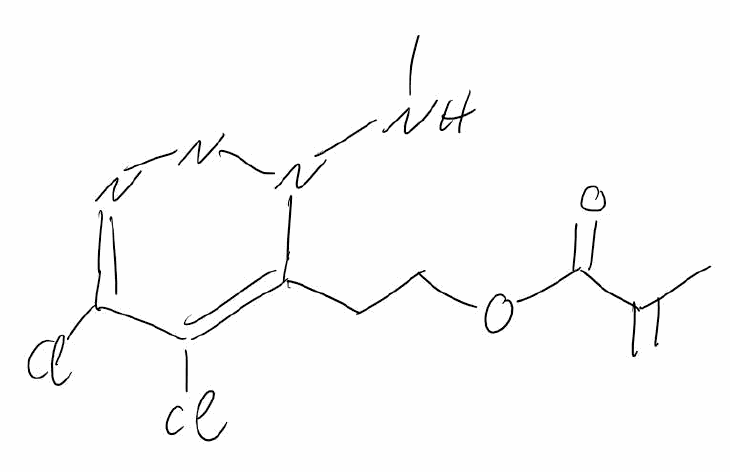
Simplified molecular-input line-entry system (SMILES) notation of the given molecule:
CC(=C)C(=O)OCCC1=C(C(=NNN1NC)Cl)Cl